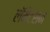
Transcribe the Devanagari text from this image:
लॅमेंटेशन